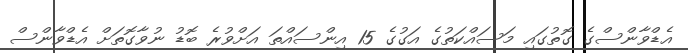
އެޑްވާންސްގެ ގޮތުގައި މަސައްކަތުގެ އަގުގެ 15 އިންސައްތަ އަށްވުރެ ބޮޑު ނުވާގޮތަށް އެޑްވާންސް